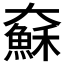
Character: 𱘾